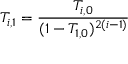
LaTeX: T _ { i , 1 } = \frac { T _ { i , 0 } } { ( 1 - T _ { 1 , 0 } ) ^ { 2 ( i - 1 ) } }